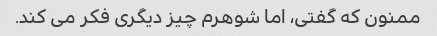
ممنون که گفتی، اما شوهرم چیز دیگری فکر می کند.